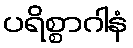
ပရိစ္စာဂါနံ